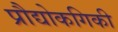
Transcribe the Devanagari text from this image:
प्रौद्योकगिकी